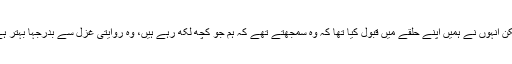
لیکن انہوں نے ہمیں اپنے حلقے میں قبول کیا تھا کہ وہ سمجھتے تھے کہ ہم جو کچھ لکھ رہے ہیں، وہ روایتی غزل سے بدرجہا بہتر ہے۔